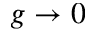
g \to 0